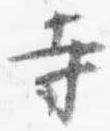
寺